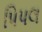
પિપલ